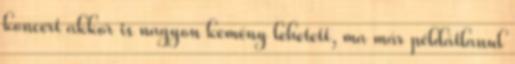
koncert akkor is nagyon kemény lehetett, ma már példátlanul